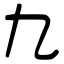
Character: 九